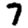
Digit: 7